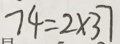
7 4 = 2 \times 3 7